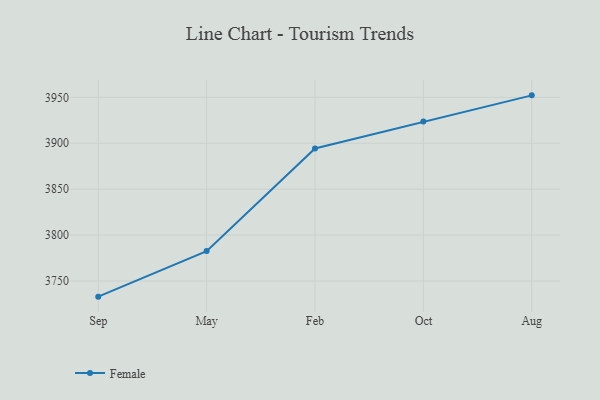
{"axis": {"x": "Month", "y": "Page Views"}, "legend": ["Female"], "data": [{"x": "Sep", "y": 3732.9, "type": "Female"}, {"x": "May", "y": 3782.5, "type": "Female"}, {"x": "Feb", "y": 3894.4, "type": "Female"}, {"x": "Oct", "y": 3923.7, "type": "Female"}, {"x": "Aug", "y": 3952.2, "type": "Female"}]}